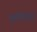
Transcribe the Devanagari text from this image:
कुर्शियों